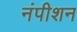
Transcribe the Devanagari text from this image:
नंपीशन